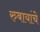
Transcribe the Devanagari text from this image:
रुबायांचे